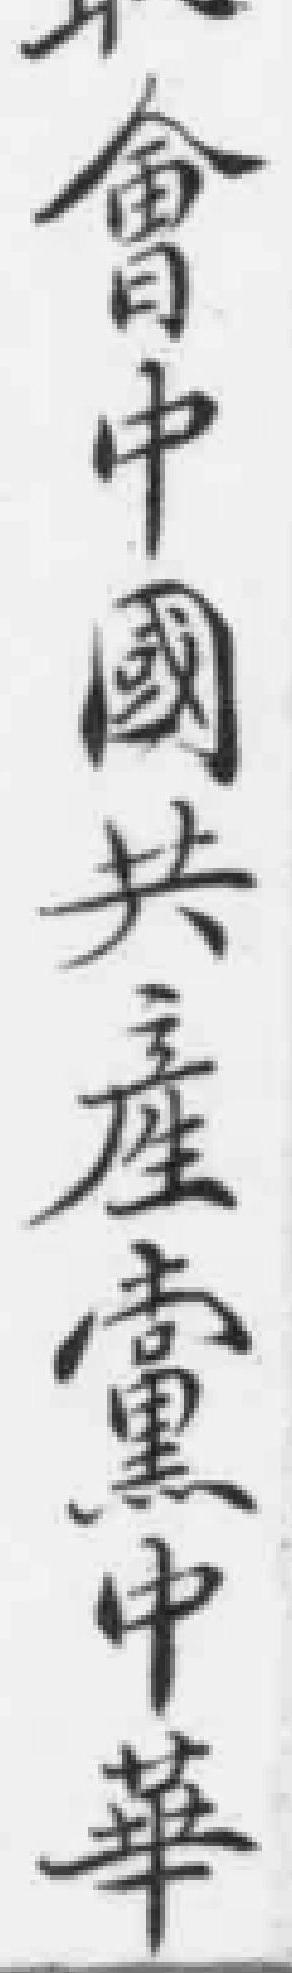
會中國共產黨中華